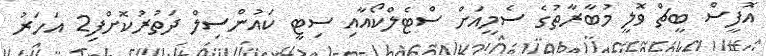
އޮފީސް ބީޗް ވޮލީ މުބާރާތުގެ ސެމީއަށް ސްޓެލްކޯއާއި ސިޓީ ކައުންސިލް ދަތުރުކޮށްފި2 އަހަރު